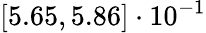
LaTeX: \left[5.65,5.86\right]\cdot 10^{-1}